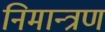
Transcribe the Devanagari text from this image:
निमान्त्रण